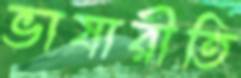
ভাষারীতি